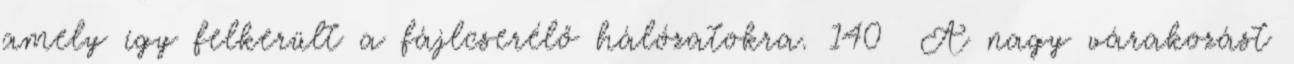
amely így felkerült a fájlcserélő hálózatokra. 140 A nagy várakozást